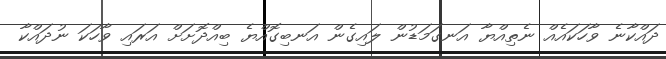
ދައްކާނެ ވާހަކައެއް ނެތިއްޔާ އަނގަމަޑުން ލައިގެން އަނބިގޮއްޔެ ބިއްދޮށަށް އަރައި ވާހަކަ ނުދައްކާ